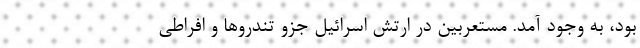
بود، به وجود آمد. مستعربین در ارتش اسرائیل جزو تندروها و افراطی‌